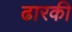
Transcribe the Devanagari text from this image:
ढारकी